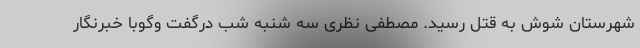
شهرستان شوش به قتل رسید. مصطفی نظری سه شنبه شب درگفت وگوبا خبرنگار